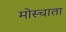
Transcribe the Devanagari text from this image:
मोस्चाता